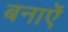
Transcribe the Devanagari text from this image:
बनाऐं